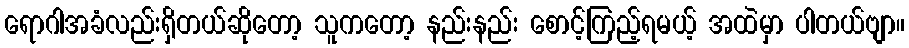
ရောဂါအခံလည်းရှိတယ်ဆိုတော့ သူကတော့ နည်းနည်း စောင့်ကြည့်ရမယ့် အထဲမှာ ပါတယ်ဗျာ။